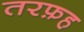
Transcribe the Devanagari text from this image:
तरफ़ह